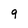
Character: 9